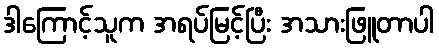
ဒါကြောင့်သူက အရပ်မြင့်ပြီး အသားဖြူတာပါ